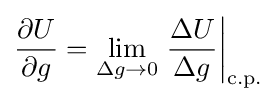
{\frac {\partial U}{\partial g}}=\lim _{\Delta g\to 0}\left.{\frac {\Delta U}{\Delta g}}\right|_{\text{c.p.}}